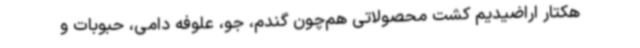
هکتار اراضیدیم کشت محصولاتی هم‌چون گندم، جو، علوفه دامی، حبوبات و